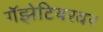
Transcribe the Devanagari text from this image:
गॅझेटियरवर